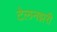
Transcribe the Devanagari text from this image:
टेलनझरी